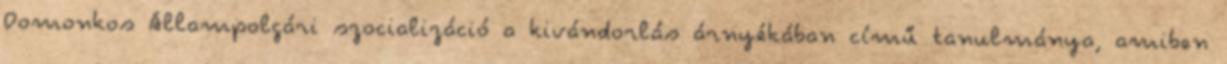
Domonkos Állampolgári szocializáció a kivándorlás árnyékában című tanulmánya, amiben